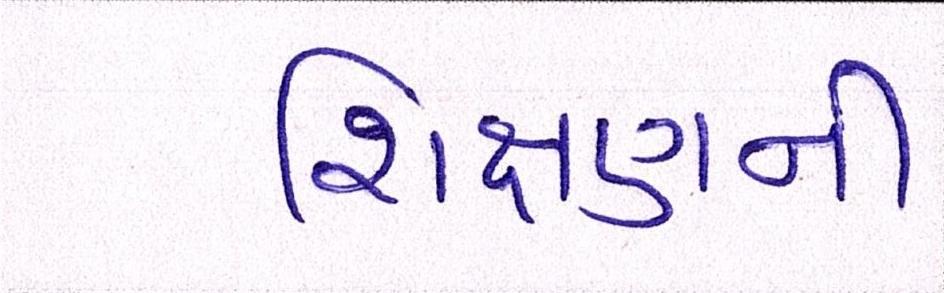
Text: શિક્ષણની